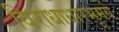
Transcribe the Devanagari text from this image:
विरोधाधारभूमये